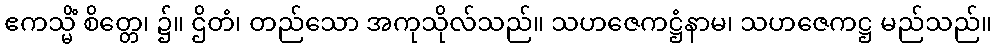
ဧကသ္မိံ စိတ္တေ၊ ၌။ ဌိတံ၊ တည်သော အကုသိုလ်သည်။ သဟဇေကဋ္ဌံနာမ၊ သဟဇေကဋ္ဌ မည်သည်။